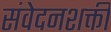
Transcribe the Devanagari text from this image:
संवेदनशक्ती